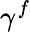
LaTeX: \gamma^{f}